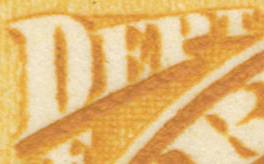
DEPT